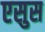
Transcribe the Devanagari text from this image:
एसुस